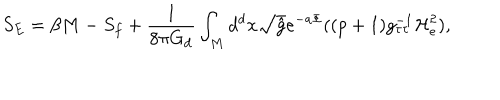
LaTeX: S _ { E } = \beta M - S _ { f } + \frac { 1 } { 8 \pi G _ { d } } \int _ { M } d ^ { d } x \sqrt { \hat { g } } e ^ { - a \Phi } ( ( p + 1 ) g _ { \tau \tau } ^ { - 1 } { \mathcal H } _ { e } ^ { 2 } ) ,